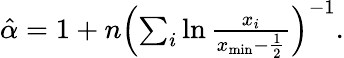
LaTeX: \begin{array}{r}{\hat{\alpha}=1+n\left(\sum_{i}\ln\frac{x_{i}}{x_{\textrm{min}}-\frac{1}{2}}\right)^{-1}.}\end{array}